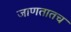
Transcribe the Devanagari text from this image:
जाणतातच